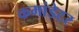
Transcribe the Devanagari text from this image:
कमांडेटर